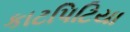
કાટપિટિયા